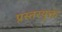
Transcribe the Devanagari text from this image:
प्रस्तरयुक्त